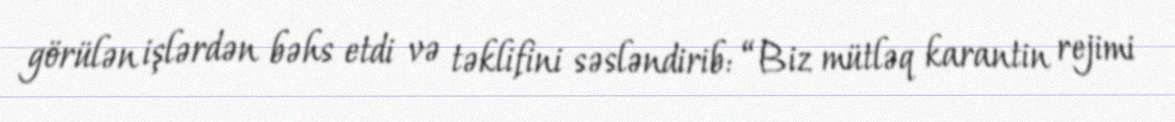
görülən işlərdən bəhs etdi və təklifini səsləndirib: “Biz mütləq karantin rejimi